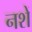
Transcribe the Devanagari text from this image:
नशें